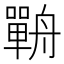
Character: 𦪣